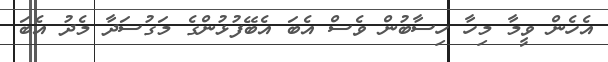
އެހެން ވީމާ މިހާ ހިސާބުން ވެސް އެބަ އެބޭފުޅުންގެ މަގުސަދާ މެދު އެބަ